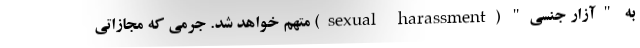
به "آزار جنسی" (sexual harassment) متهم خواهد شد. جرمی که مجازاتی